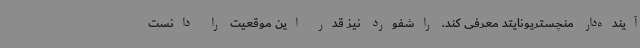
آینده‌دار منچستریونایتد معرفی کند. راشفورد نیز قدر این موقعیت را دانست